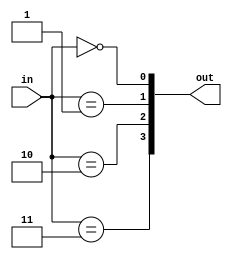
module decoder_2_4(
    input  [ 1:0] in,
    output [ 3:0] out
);

genvar i;
generate for (i=0; i<4; i=i+1) begin : gen_for_dec_2_4
    assign out[i] = (in == i);
end endgenerate

endmodule


module decoder_4_16(
    input  [ 3:0] in,
    output [15:0] out
);

genvar i;
generate for (i=0; i<16; i=i+1) begin : gen_for_dec_4_16
    assign out[i] = (in == i);
end endgenerate

endmodule


module decoder_5_32(
    input  [ 4:0] in,
    output [31:0] out
);

genvar i;
generate for (i=0; i<32; i=i+1) begin : gen_for_dec_5_32
    assign out[i] = (in == i);
end endgenerate

endmodule


module decoder_6_64(
    input  [ 5:0] in,
    output [63:0] out
);

genvar i;
generate for (i=0; i<64; i=i+1) begin : gen_for_dec_6_64
    assign out[i] = (in == i);
end endgenerate

endmodule

module mul_top(
        input clk,
        input rst,

        input mul_signed,

        input [31:0] src1,
        input [31:0] src2,

        output [63:0] res
    );

    wire [65:0] p [16:0];
    wire [16:0] c;
    wire [16:0] trans_p [65:0];

    wire [65:0] add_src1;
    wire [65:0] add_src2;
    wire [13:0] wallace_c [65:0];
    wire [65:0] Carry;
    wire [65:0] Sum;

    wire [32:0] ext_src1;
    wire [32:0] ext_src2;

    reg [132:0] bus;

    always @ (posedge clk) begin
        if (rst) begin
            bus <= 133'b0;
        end else begin
            bus <= {add_src1, add_src2, c[15]};
        end
    end

    assign res = bus[132:67] + bus[66:1] + {65'b0, bus[0]};

    assign add_src1 = Sum;
    assign add_src2 = {Carry[64:0], c[14]};

    assign ext_src1 = {mul_signed & src1[31], src1};
    assign ext_src2 = {mul_signed & src2[31], src2};

    boothgen booth00(.y({ext_src2[1:0], 1'b0}), .p(p[ 0]), .c(c[ 0]), .x({{33{ext_src1[32]}}, ext_src1}));
    boothgen booth01(.y(ext_src2[ 3: 1]), .p(p[ 1]), .c(c[ 1]), .x({{31{ext_src1[32]}}, ext_src1,  2'b0}));
    boothgen booth02(.y(ext_src2[ 5: 3]), .p(p[ 2]), .c(c[ 2]), .x({{29{ext_src1[32]}}, ext_src1,  4'b0}));
    boothgen booth03(.y(ext_src2[ 7: 5]), .p(p[ 3]), .c(c[ 3]), .x({{27{ext_src1[32]}}, ext_src1,  6'b0}));
    boothgen booth04(.y(ext_src2[ 9: 7]), .p(p[ 4]), .c(c[ 4]), .x({{25{ext_src1[32]}}, ext_src1,  8'b0}));
    boothgen booth05(.y(ext_src2[11: 9]), .p(p[ 5]), .c(c[ 5]), .x({{23{ext_src1[32]}}, ext_src1, 10'b0}));
    boothgen booth06(.y(ext_src2[13:11]), .p(p[ 6]), .c(c[ 6]), .x({{21{ext_src1[32]}}, ext_src1, 12'b0}));
    boothgen booth07(.y(ext_src2[15:13]), .p(p[ 7]), .c(c[ 7]), .x({{19{ext_src1[32]}}, ext_src1, 14'b0}));
    boothgen booth08(.y(ext_src2[17:15]), .p(p[ 8]), .c(c[ 8]), .x({{17{ext_src1[32]}}, ext_src1, 16'b0}));
    boothgen booth09(.y(ext_src2[19:17]), .p(p[ 9]), .c(c[ 9]), .x({{15{ext_src1[32]}}, ext_src1, 18'b0}));
    boothgen booth10(.y(ext_src2[21:19]), .p(p[10]), .c(c[10]), .x({{13{ext_src1[32]}}, ext_src1, 20'b0}));
    boothgen booth11(.y(ext_src2[23:21]), .p(p[11]), .c(c[11]), .x({{11{ext_src1[32]}}, ext_src1, 22'b0}));
    boothgen booth12(.y(ext_src2[25:23]), .p(p[12]), .c(c[12]), .x({{ 9{ext_src1[32]}}, ext_src1, 24'b0}));
    boothgen booth13(.y(ext_src2[27:25]), .p(p[13]), .c(c[13]), .x({{ 7{ext_src1[32]}}, ext_src1, 26'b0}));
    boothgen booth14(.y(ext_src2[29:27]), .p(p[14]), .c(c[14]), .x({{ 5{ext_src1[32]}}, ext_src1, 28'b0}));
    boothgen booth15(.y(ext_src2[31:29]), .p(p[15]), .c(c[15]), .x({{ 3{ext_src1[32]}}, ext_src1, 30'b0}));
    boothgen booth16(.y({ext_src2[32], ext_src2[32:31]}), .p(p[16]), .c(c[16]), .x({ext_src1[32], ext_src1, 32'b0}));

    genvar i;
    generate
        for (i = 0; i < 66; i = i + 1) begin
            assign trans_p[i] = {p[16][i], p[15][i], p[14][i], p[13][i], p[12][i],
                                 p[11][i], p[10][i], p[ 9][i], p[ 8][i],
                                 p[ 7][i], p[ 6][i], p[ 5][i], p[ 4][i],
                                 p[ 3][i], p[ 2][i], p[ 1][i], p[ 0][i]};
        end
    endgenerate

    wallace w00(.in(trans_p[ 0]), .cin(c[13:0]), .cout(wallace_c[0]), .carry(Carry[0]), .sum(Sum[0]));

    generate
        for (i = 1; i < 66; i = i + 1) begin
            wallace wi(.in(trans_p[i]), .cin(wallace_c[i-1]), .cout(wallace_c[i]), .carry(Carry[i]), .sum(Sum[i]));
        end
    endgenerate

endmodule

module boothgen(
        input [ 2:0] y,
        input [65:0] x,
        output       c,
        output[65:0] p
    );

    wire [3:0] sel; // 0 -> +X; 1 -> +2X; 2 -> -2X; 3 -> -X

    assign sel[0] = ~y[2] & (y[1] ^ y[0]);
    assign sel[1] = ~y[2] &  y[1] &  y[0];
    assign sel[2] =  y[2] & ~y[1] & ~y[0];
    assign sel[3] =  y[2] & (y[1] ^ y[0]);

    assign c = sel[2] | sel[3];

    assign p[0] = sel[0] & x[0] | sel[2] | sel[3] & ~x[0];

    genvar i;
    generate
        for (i = 1; i < 66; i = i + 1) begin
            assign p[i] = sel[0] &  x[i    ] |
                          sel[1] &  x[i - 1] |
                          sel[2] & ~x[i - 1] |
                          sel[3] & ~x[i    ];
        end
    endgenerate


endmodule

module wallace (
        input [16:0] in,
        input [13:0] cin,

        output [13:0] cout,
        output        carry,
        output        sum
    );

    wire [15:0] Sum;


    // level 1
    csa3to2 csa1_1(.a(in[ 4]), .b(in[ 3]), .cin(in[ 2]), .sum(Sum[0]), .cout(cout[4]));
    csa3to2 csa1_2(.a(in[ 7]), .b(in[ 6]), .cin(in[ 5]), .sum(Sum[1]), .cout(cout[3]));
    csa3to2 csa1_3(.a(in[10]), .b(in[ 9]), .cin(in[ 8]), .sum(Sum[2]), .cout(cout[2]));
    csa3to2 csa1_4(.a(in[13]), .b(in[12]), .cin(in[11]), .sum(Sum[3]), .cout(cout[1]));
    csa3to2 csa1_5(.a(in[16]), .b(in[15]), .cin(in[14]), .sum(Sum[4]), .cout(cout[0]));

    // level 2
    csa3to2 csa2_1(.a(cin[2]), .b(cin[3]), .cin(cin[4]), .sum(Sum[5]), .cout(cout[8]));
    csa3to2 csa2_2(.a( in[0]), .b(cin[0]), .cin(cin[1]), .sum(Sum[6]), .cout(cout[7]));
    csa3to2 csa2_3(.a(Sum[1]), .b(Sum[0]), .cin( in[1]), .sum(Sum[7]), .cout(cout[6]));
    csa3to2 csa2_4(.a(Sum[4]), .b(Sum[3]), .cin(Sum[2]), .sum(Sum[8]), .cout(cout[5]));

    // level 3
    csa3to2 csa3_1(.a(Sum[5]), .b(cin[5]), .cin(cin[6]), .sum(Sum[ 9]), .cout(cout[10]));
    csa3to2 csa3_2(.a(Sum[8]), .b(Sum[7]), .cin(Sum[6]), .sum(Sum[10]), .cout(cout[ 9]));

    // level 4
    csa3to2 csa4_1(.a(cin[ 8]), .b(cin[9]), .cin(cin[10]), .sum(Sum[11]), .cout(cout[12]));
    csa3to2 csa4_2(.a(Sum[10]), .b(Sum[9]), .cin(cin[ 7]), .sum(Sum[12]), .cout(cout[11]));

    // level 5
    csa3to2 csa5_1(.a(Sum[12]), .b(Sum[11]), .cin(cin[11]), .sum(Sum[13]), .cout(cout[13]));

    // level 6
    csa3to2 csa6_1(.a(Sum[13]), .b(cin[12]), .cin(cin[13]), .sum(sum), .cout(carry));

endmodule

module csa3to2 #(
        parameter DATA_WIDTH = 1
    )(
        input [DATA_WIDTH - 1:0] a,
        input [DATA_WIDTH - 1:0] b,
        input cin,

        output cout,
        output [DATA_WIDTH - 1:0] sum
    );

    assign {cout, sum} = a + b + cin;

endmodule

module divider(
    input               clk,
    input               rst,
    input               div,
    input               div_signed,
    input   [31: 0]     x,
    input   [31: 0]     y,
    output  [63: 0]     div_total_result,
    output              es_go,
    output              complete   
    );
    
    wire [31:0] X;
    wire [31:0] Y;
    reg  [31:0] x_r;
    reg  [31:0] y_r;
    reg         div_signed_r;

    wire [31:0] s;
    wire [31:0] r;
    wire [31:0] S;
    wire [31:0] R;
    reg         div_r;

    wire dividend_sign  = div_signed_r & x_r[31];
    wire divisor_sign   = div_signed_r & y_r[31];
    wire s_sign         = dividend_sign ^ divisor_sign;
    wire r_sign         = dividend_sign;

    assign X[31:0]      = (dividend_sign ? ~x_r[31:0]+1 : x_r[31:0]);
    assign Y[31:0]      = (divisor_sign  ? ~y_r[31:0]+1 : y_r[31:0]);

    always @(posedge clk) begin
        if(rst || complete) begin
            x_r <= 32'b0;
            y_r <= 32'b0;
            div_signed_r <= 1'b0;
        end else if (div) begin
            x_r <= x;
            y_r <= y;
            div_signed_r <= div_signed;
        end
    end
    
    wire [63: 0]    dividend    = {32'b0,X[31:0]};
    wire [32: 0]    divisor     = {1'b0, Y[31:0]};

    wire            find64_finish;
    wire            find32_finish;
    wire [ 5: 0]    pos_dividend;
    wire [ 5: 0]    pos_divisor;
    wire [ 5: 0]    skip_pos;
    wire [ 5: 0]    skip_pos_mid;

    find_64 find_first_1_in_dividend(.clk(clk),.rst(rst),.div(div_r),.complete(complete),.x(dividend),.y(pos_dividend),.cal_finish(find64_finish));
    find_33 find_first_1_in_divisor (.clk(clk),.rst(rst),.div(div_r),.complete(complete),.x(divisor),.y(pos_divisor),.cal_finish(find32_finish));

    assign skip_pos_mid = pos_divisor - pos_dividend;
    assign skip_pos = skip_pos_mid[5] ? skip_pos_mid + 6'd31 : 6'd31;


    minus div_minor(
        .clk(clk),
        .reset(rst),
        .A(dividend),
        .B(divisor),
        .skip_pos(skip_pos),
        .skip_cal_finish(find64_finish && find32_finish),
        .S(S),
        .R(R),
        .es_go(es_go),
        .complete(complete)
    );

    assign s[31:0] = s_sign ? ~S[31:0] + 32'b1 : S[31:0];

    assign r[31:0] = r_sign ? ~R + 32'b1 : R;

    always @(posedge clk) begin
        if(rst || complete) begin
            div_r <= 1'b0;
        end else if(div) begin
            div_r <= 1'b1;
        end
    end

    assign div_total_result = {s,r};
endmodule

module find_64 (
    input               clk,
    input               rst,
    input               div,
    input               complete,
    input   [63: 0]     x,
    output  [ 5: 0]     y,
    output  reg         cal_finish
);
    wire [31: 0]    data_32;
    wire [15: 0]    data_16;
    wire [ 7: 0]    data_8;
    reg  [ 7: 0]    data_8_r;
    wire [ 3: 0]    data_4;
    wire [ 1: 0]    data_2;

    reg             cnt;

    assign y[5] = |x[63:32];
    assign data_32 = y[5] ? x[63:32] : x[31:0];
    assign y[4] = |data_32[31:16];
    assign data_16 = y[4] ? data_32[31:16] : data_32[15:0];
    assign y[3] = |data_16[15:8];
    assign data_8  = y[3] ? data_16[15:8] : data_16[7:0];
    assign y[2] = |data_8_r[7:4];
    assign data_4  = y[2] ? data_8_r[7:4] : data_8_r[3:0];
    assign y[1] = |data_4[3:2];
    assign data_2  = y[1] ? data_4[3:2] : data_4[1:0];
    assign y[0] = data_2[1];

    always @(posedge clk) begin
        if(rst || ~div || complete) begin
            cnt <= 1'b0;
            cal_finish <= 1'b0;
            data_8_r <= 8'b0;
        end else if(~cnt) begin
            cnt <= ~cnt;
        end else if(cnt) begin
            data_8_r <= data_8;
            cal_finish <= 1'b1;
        end
    end

endmodule

module find_33 (
    input               clk,
    input               rst,
    input               div,
    input               complete,
    input   [32: 0]     x,
    output  [ 5: 0]     y,
    output  reg         cal_finish
);

    wire [15: 0]    data_16;
    wire [ 7: 0]    data_8;
    reg  [ 7: 0]    data_8_r;
    wire [ 3: 0]    data_4;
    wire [ 1: 0]    data_2;

    reg             cnt;

    assign y[5] = 0;
    assign y[4] = |x[31:16];
    assign data_16 = y[4] ? x[31:16] : x[15:0];
    assign y[3] = |data_16[15:8];
    assign data_8  = y[3] ? data_16[15:8] : data_16[7:0];
    assign y[2] = |data_8_r[7:4];
    assign data_4  = y[2] ? data_8_r[7:4] : data_8_r[3:0];
    assign y[1] = |data_4[3:2];
    assign data_2  = y[1] ? data_4[3:2] : data_4[1:0];
    assign y[0] = data_2[1];

    always @(posedge clk) begin
        if(rst || ~div || complete) begin
            cnt <= 1'b0;
            cal_finish <= 1'b0;
            data_8_r <= 8'b0;
        end else if(~cnt) begin
            cnt <= ~cnt;
        end else if(cnt) begin
            data_8_r <= data_8;
            cal_finish <= 1'b1;
        end
    end
endmodule
module minus (
    input               clk,
    input               reset,
    input   [63: 0]     A,
    input   [32: 0]     B,
    input   [ 5: 0]     skip_pos,
    input               skip_cal_finish,
    output  reg [31: 0]     S,
    output  [31: 0]     R,
    output              es_go,
    output              complete
);

    wire [32: 0]    minuend;
    wire [32: 0]    minus_res;
    wire            s;
    reg  [63: 0]    A_r;
    wire [63: 0]    new_A;

    wire [63: 0]    clear_window = 64'hffff_ffff_8000_0000;

    reg  [ 5: 0]    time_i;
    reg             skipped;

    always @(posedge clk) begin
        if(reset || complete) begin
            time_i <= 6'b0;
            skipped <= 1'b0;
        end else if(skip_cal_finish && ~skipped) begin
            time_i <= skip_pos;
            skipped <= 1'b1;
        end else if(skipped) begin
            time_i <= time_i + 1;
        end

        if(reset || complete) begin
            A_r <= 64'b0;
        end else if(skip_cal_finish && ~skipped) begin
            A_r <= (A << skip_pos);
        end else begin
            A_r <= ((A_r & ~clear_window) | new_A) << 1;
        end
        
        if(reset || complete) begin
            S <= 32'b0;
        end else if(skipped) begin
            S <= S | ({s,31'b0} >> time_i);
        end
    end

    assign minuend = A_r[63:31];
    assign minus_res = minuend - B;
    assign s = ~minus_res[32];
    assign new_A[63:31] = s ? minus_res : minuend;
    assign new_A[30: 0] = 31'b0;
    assign R = A_r[63:32];
    
    assign es_go = (time_i == 6'd31);
    assign complete = (time_i == 6'd32);
endmodule

module mylog2 #(
        parameter WIDTH = 32
    )(
        input  [        WIDTH - 1:0] src,
        output [$clog2(WIDTH) - 1:0] res
    );

    localparam IDX_WIDTH = $clog2(WIDTH);

    wire [IDX_WIDTH-1:0] base [IDX_WIDTH-1:0];

    assign base[IDX_WIDTH-1] = {1'b1, {IDX_WIDTH-1{1'b0}}};

    genvar i, j;
    generate 
        for (i = IDX_WIDTH-1; i > 0; i = i - 1) begin
            assign res[i] = src[base[i]+:({{IDX_WIDTH-1{1'b0}}, 1'b1} << i)] != 0;
            for (j = 0; j < IDX_WIDTH; j = j + 1) begin
                if (i == j) begin
                    assign base[i - 1][j] = res[i];
                end else if (i - 1 == j) begin
                    assign base[i - 1][j] = 1'b1;
                end else begin
                    assign base[i - 1][j] = base[i][j]; 
                end                
            end
        end
    endgenerate

    assign res[0] = src[base[0]];
endmodule